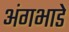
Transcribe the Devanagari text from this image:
अंगभाडे